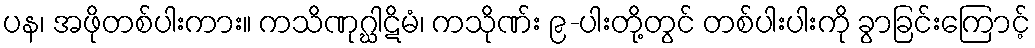
ပန၊ အဖိုတစ်ပါးကား။ ကသိဏုဂ္ဃါဋိမံ၊ ကသိုဏ်း ၉-ပါးတို့တွင် တစ်ပါးပါးကို ခွာခြင်းကြောင့်